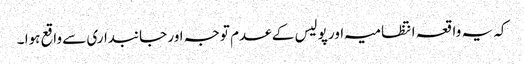
کہ یہ واقعہ انتظامیہ اور پولیس کے عدم توجہ اور جانبداری سے واقع ہوا ۔